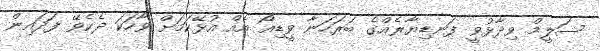
ސަލީމް ވިދާޅުވީ ފަނޑިޔާރެއްގެ ބަރަހަނާ ވީޑިއޯ އެއް އުޅޭކަމަށް ވާހަކަ ދެކެވޭ ފަދައިން